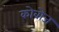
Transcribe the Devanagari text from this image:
कोवोज